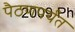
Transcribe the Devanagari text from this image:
पैठणपर्यंत